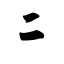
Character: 二